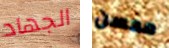
الجهاد محسن